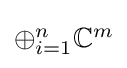
\textstyle \oplus _{i=1}^{n}\mathbb {C} ^{m}